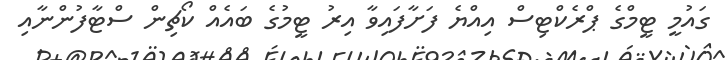
ގައުމީ ޓީމްގެ ޕްރެކްޓިސް އިއްޔެ ފަށާފައިވާ އިރު ޓީމުގެ ބައެއް ކޯޗިން ސްޓާފުންނާއި